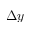
\Delta y